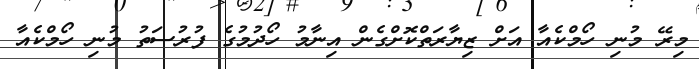
މިރޭ މުނި ހޯމްކެއާ އަށް ޒިޔާރަތްކޮށްގެން އިނާމު ހޯދުމުގެ ފުރުސަތު މުނި ހޯމްކެއާ